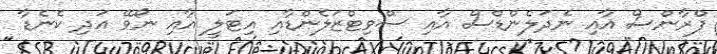
ފްރާންސް އާއި ނެދަލެންޑްސް އާއި ސްވިޓްޒަލެންޑާއި އިޓަލީ އާއި ނޯވޭ އަދި ކެނެޑާ